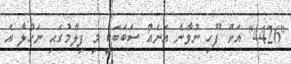
"4426" އަށް ފޫހި ނުވާނެ އަނެއް ސަބަބަކީ މި ފިލްމުގައި ނަހުލާ އެ